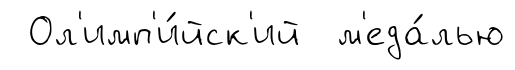
Ол'имп'и́йск'ий м'еда́лью